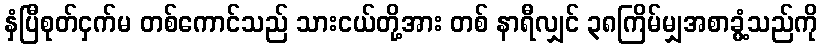
နှံပြီစုတ်ငှက်မ တစ်ကောင်သည် သားငယ်တို့အား တစ် နာရီလျှင် ၃၈ကြိမ်မျှအစာခွံ့သည်ကို